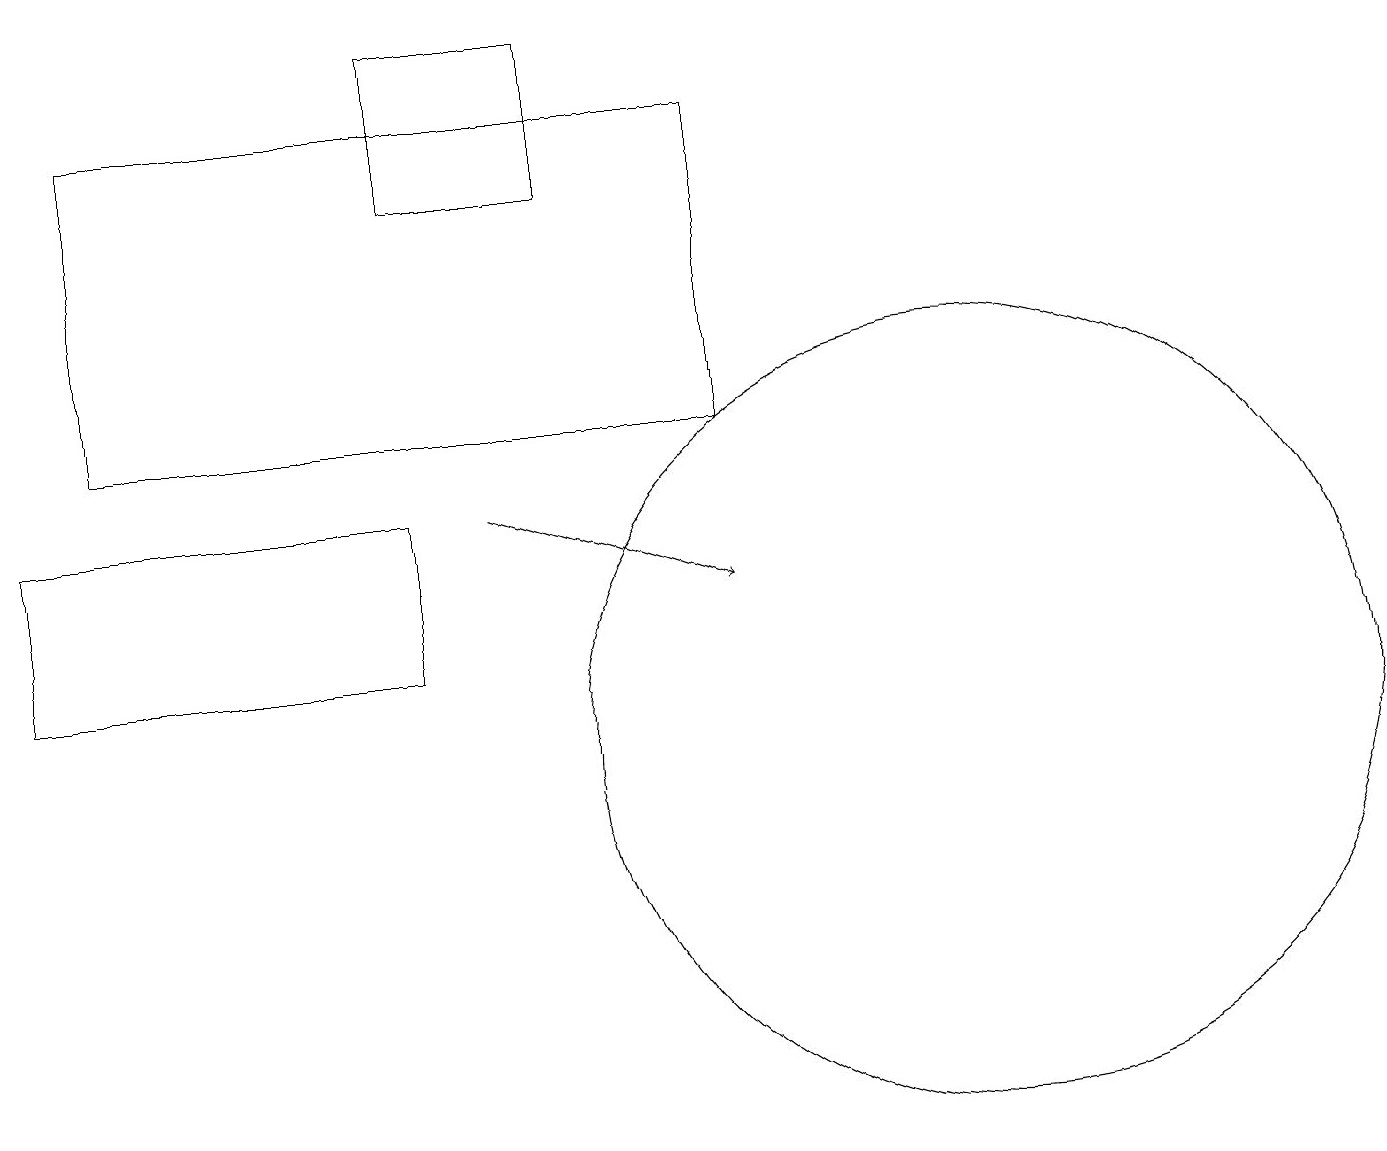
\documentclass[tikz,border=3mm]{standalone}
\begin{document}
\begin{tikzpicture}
\draw (12,10) circle (5);
\draw (0,13) rectangle (5,11);
\draw[->] (6,13) -- (9,12);
\draw (1,18) rectangle (9,14);
\draw (7,19) rectangle (5,17);
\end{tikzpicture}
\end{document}